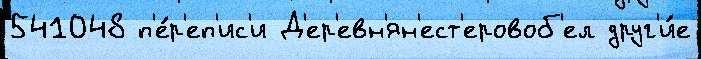
541048 п'е́р'еп'ис'и Д'ер'евн'ян'ест'еровоб'ел друг'и́е